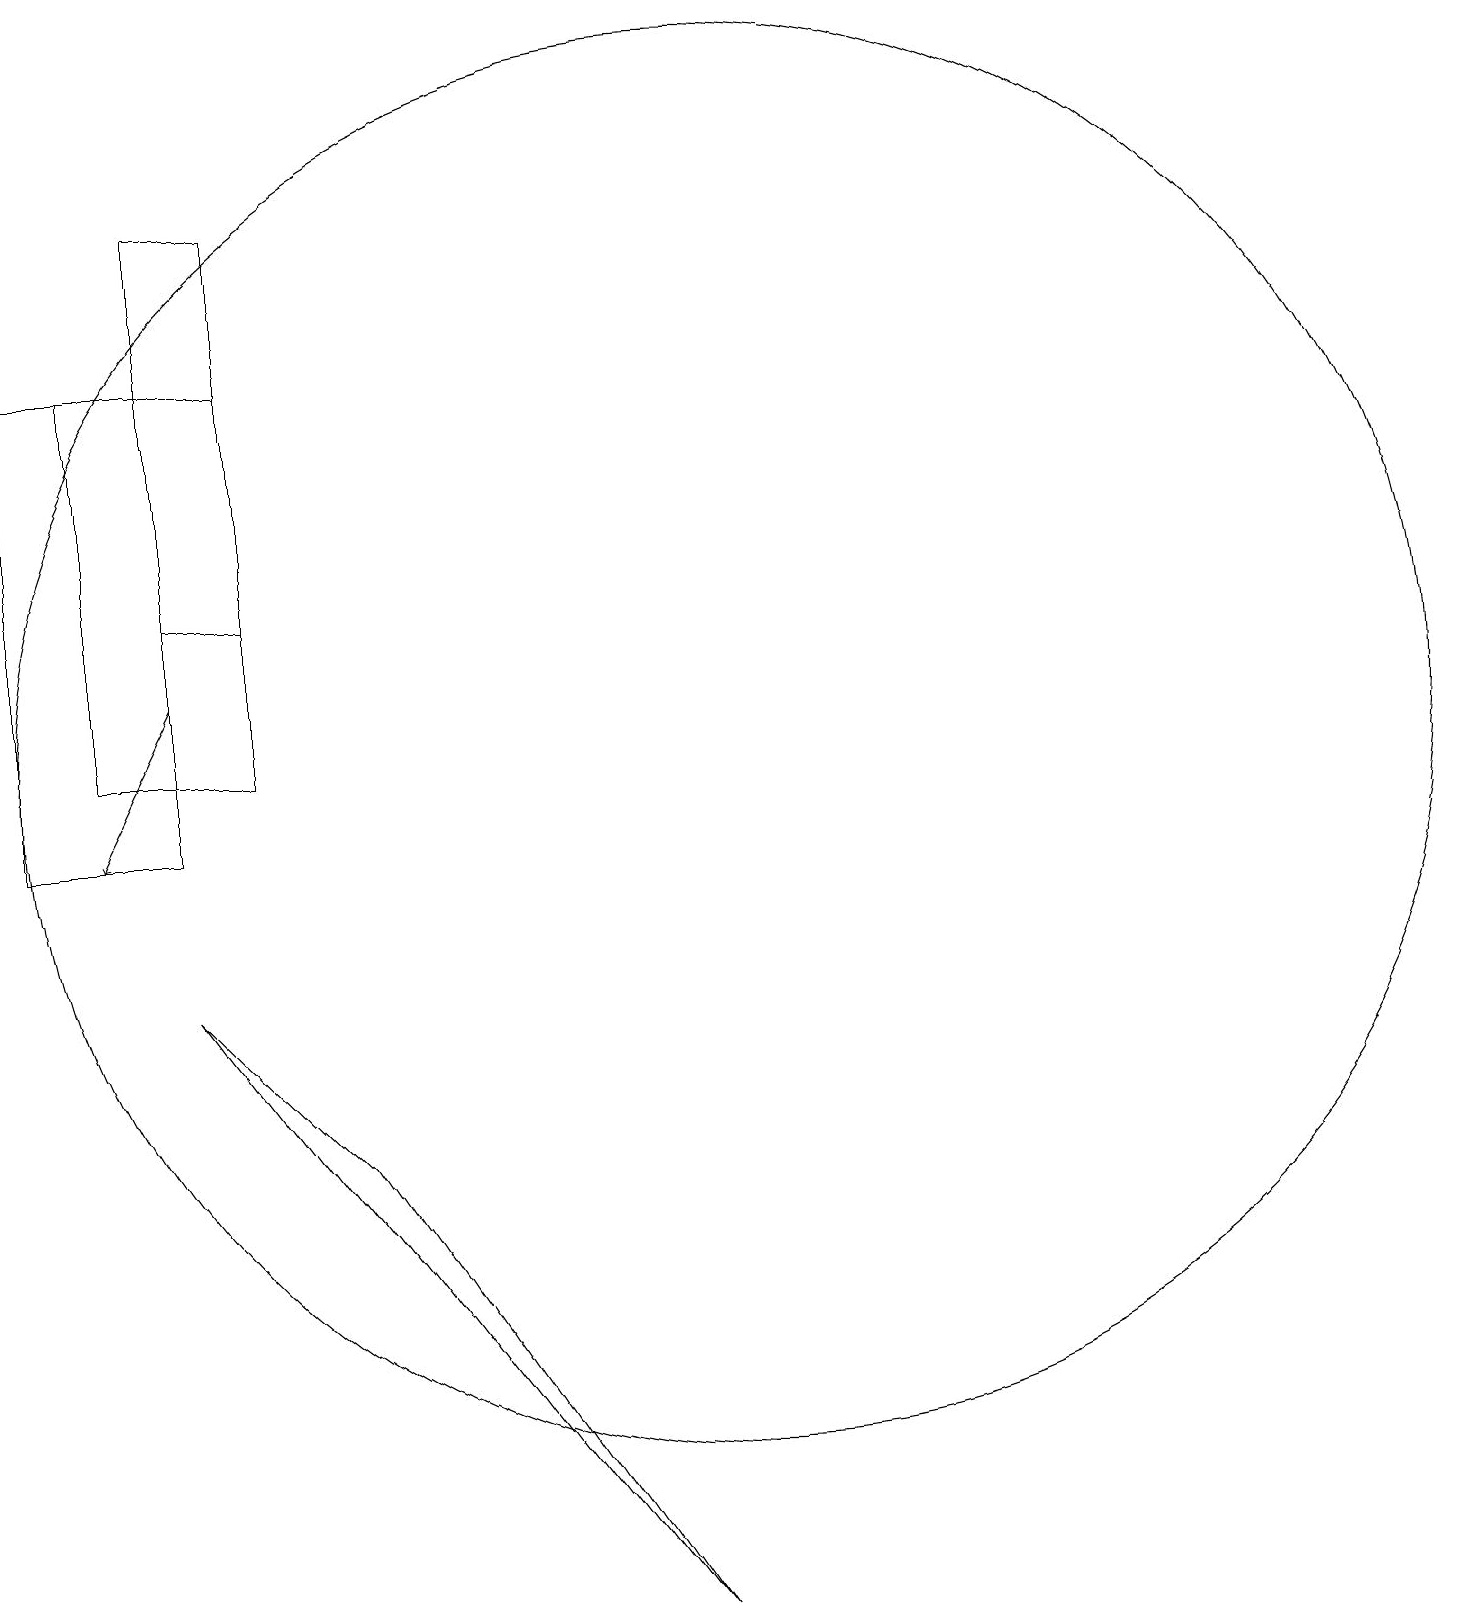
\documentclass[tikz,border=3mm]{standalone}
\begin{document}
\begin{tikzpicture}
\draw (1,16) rectangle (3,10);
\draw (10,11) circle (9);
\draw (3,18) rectangle (4,13);
\draw (4,16) rectangle (2,11);
\draw (5,6) -- (3,8) -- (9,0) -- cycle;
\draw[->] (3,12) -- (2,10);
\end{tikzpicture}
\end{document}